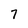
Character: 7